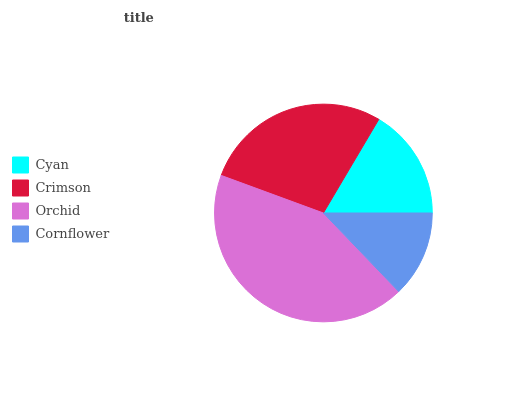
| Cyan | Crimson | Orchid | Cornflower |
 | --- | --- | --- | --- |
 | 16.5% | 27.8% | 42.8% | 12.8% |